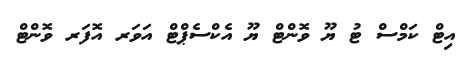
އިޓް ކަމްސް ޓު ޔޫ ވޮންޓް ޔޫ އެކްސެޕްޓް އަވަރ އޮފަރ ވޮންޓް